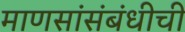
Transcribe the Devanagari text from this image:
माणसांसंबंधीची